Lunatic asylums Punjab 1895-1910 - 1895-1910
Year: 1895
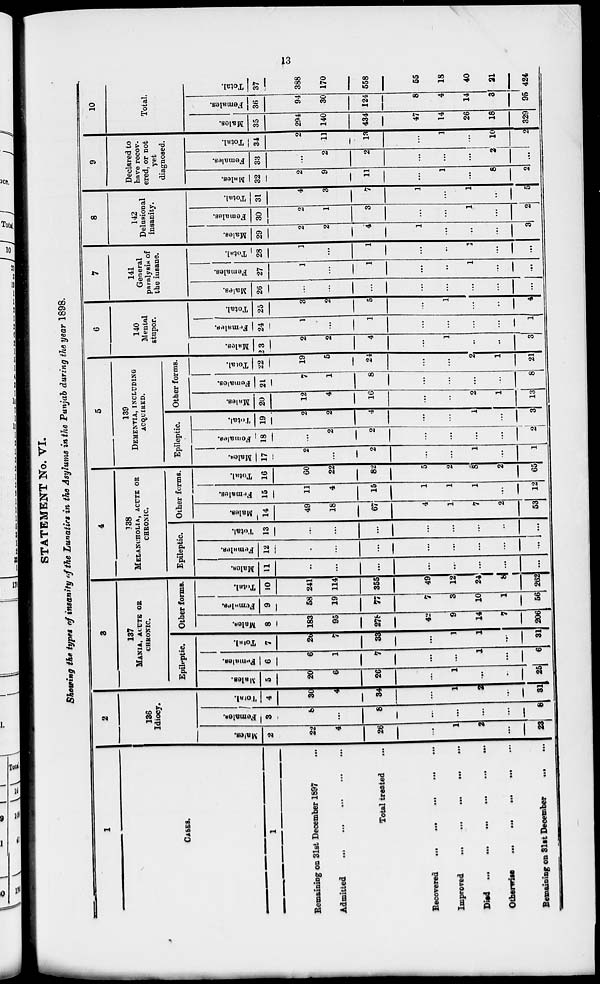
13
STATEMENT No. VI.
Showing the types of insanity of the Lunatics in the Asylums in the Punjab during the year 1898.
1
CASES.
1
Remaining on 31st December 1897 ...
Admitted ... ... ... ... ...
Total treated ... ... ... ... ...
Recovered
...
...
...
...
...
Improved
...
...
...
...
...
Died
...
...
...
...
...
Otherwise
...
...
...
...
...
Remaining on 31st December
...
...
2
136
Idiocy
Males.
2
22
4
26
...
1
2
...
23
Females.
3
8
...
8
...
...
...
...
8
Total.
4
30
4
34
...
1
2
...
32
3
137
MANIA, ACUTE OR
CHRONIC.
Epileptic.
Males.
5
20
6
26
...
1
...
...
25
Females.
6
6
1
7
...
...
1
...
6
Total.
7
26
7
33
...
1
1
...
31
Other forms.
Males.
8
183
95
278
42
9
14
7
206
Females.
9
58
19
77
7
3
10
1
56
Total.
10
241
114
355
49
12
24
8
262
4
138
MELANCHOLIA, ACUTE OR
CHRONIC
Epileptic.
Males.
11
...
...
...
...
...
...
...
...
Females.
12
...
...
...
...
...
...
...
...
Total.
13
...
...
...
...
...
...
...
...
Other forms
Males.
11
49
18
67
4
1
7
2
53
Females.
15
11
4
15
1
1
1
...
12
Total.
16
60
22
82
5
2
8
2
65
5
139
DEMENTIA, INCLUDING
ACQUIRED
Epileptic.
Males.
17
2
...
2
...
...
1
...
1
Females.
18
...
2
2
...
...
...
...
2
Total.
19
2
2
4
...
...
1
...
3
Other forms.
Males.
20
12
4
16
...
...
2
1
13
Females.
21
7
1
8
...
...
...
...
8
Total.
22
19
5
24
...
...
2
1
21
6
140
Mental
stupor
Males.
23
2
2
4
...
1
...
...
3
Females.
24
1
...
1
...
...
...
...
1
Total.
25
3
2
5
...
1
...
...
4
7
141
General
paralysis of
the insane
Males.
26
...
...
...
...
...
...
...
...
Females.
27
1
...
1
...
...
1
...
...
Total.
28
1
...
1
...
...
1
...
...
8
142
Delusional
insanity.
Males.
29
2
2
4
1
...
...
...
3
Females.
30
2
1
3
...
...
1
...
2
Toal.
31
4
3
7
1
...
1
...
5
9
Declared to
have recov-
ered, or not
yet
diagnosed.
Males.
32
2
9
11
...
1
...
8
2
Females.
33
...
2
2
...
...
...
2
...
Total.
34
2
11
13
...
1
...
10
2
10
Total.
Males.
35
294
140
434
47
14
26
18
329
Females.
36
94
30
124
8
4
14
3
95
Total.
37
388
170
558
55
18
40
21
424